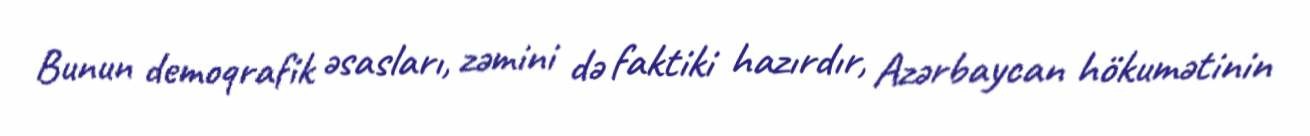
Bunun demoqrafik əsasları, zəmini də faktiki hazırdır, Azərbaycan hökumətinin